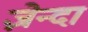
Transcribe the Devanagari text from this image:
ज़ेन्दा